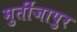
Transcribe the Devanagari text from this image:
मुर्तीजापुर